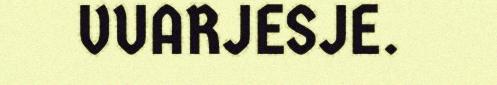
VUARJESJE.